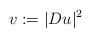
LaTeX: \begin{align*}v:=|Du|^2 \end{align*}